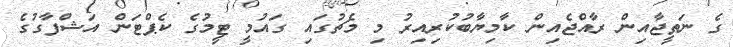
ގެ ނަތީޖާއިން ރާއްޖެއިން ކާމިޔާބުކުރިއިރު މި މެޗުގައި ގައުމީ ޓީމުގެ ކެޕްޓަން އަޝްފާގުގެ